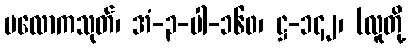
ပလောကသုတ်၊ အံ-၃-ပါ-၁၆၀၊ ဋ္ဌ-၁၄၂၊ (လူတို့